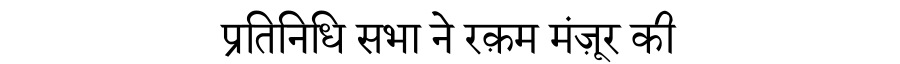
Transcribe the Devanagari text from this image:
प्रतिनिधि सभा ने रक़म मंज़ूर की